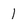
Character: 1